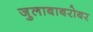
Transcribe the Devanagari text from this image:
जुलाबाबरोबर